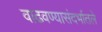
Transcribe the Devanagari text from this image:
वाढवण्यासंदर्भातले